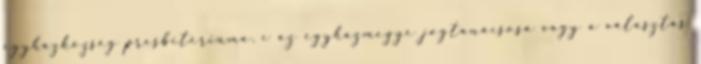
egyházközség presbitériuma, c az egyházmegye jogtanácsosa vagy a választás